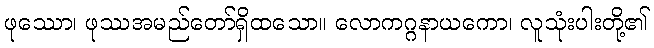
ဖုဿော၊ ဖုဿအမည်တော်ရှိထသော။ လောကဂ္ဂနာယကော၊ လူသုံးပါးတို့၏